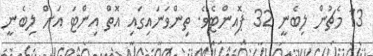
13 މެޗުން ލިބެނީ 32 ޕޮއިންޓެވެ. ތިންވަނައިގައި އޮތް އިންޓަ އަށް ލިބެނީ